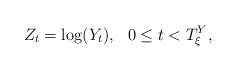
\begin{align*}Z_{t}=\log (Y_{t}),\ \ 0\leq t<T_{\xi }^{Y}, \end{align*}